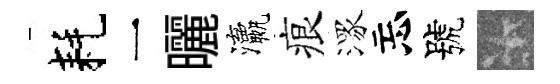
耗一曬瀛痕潈忘號卡